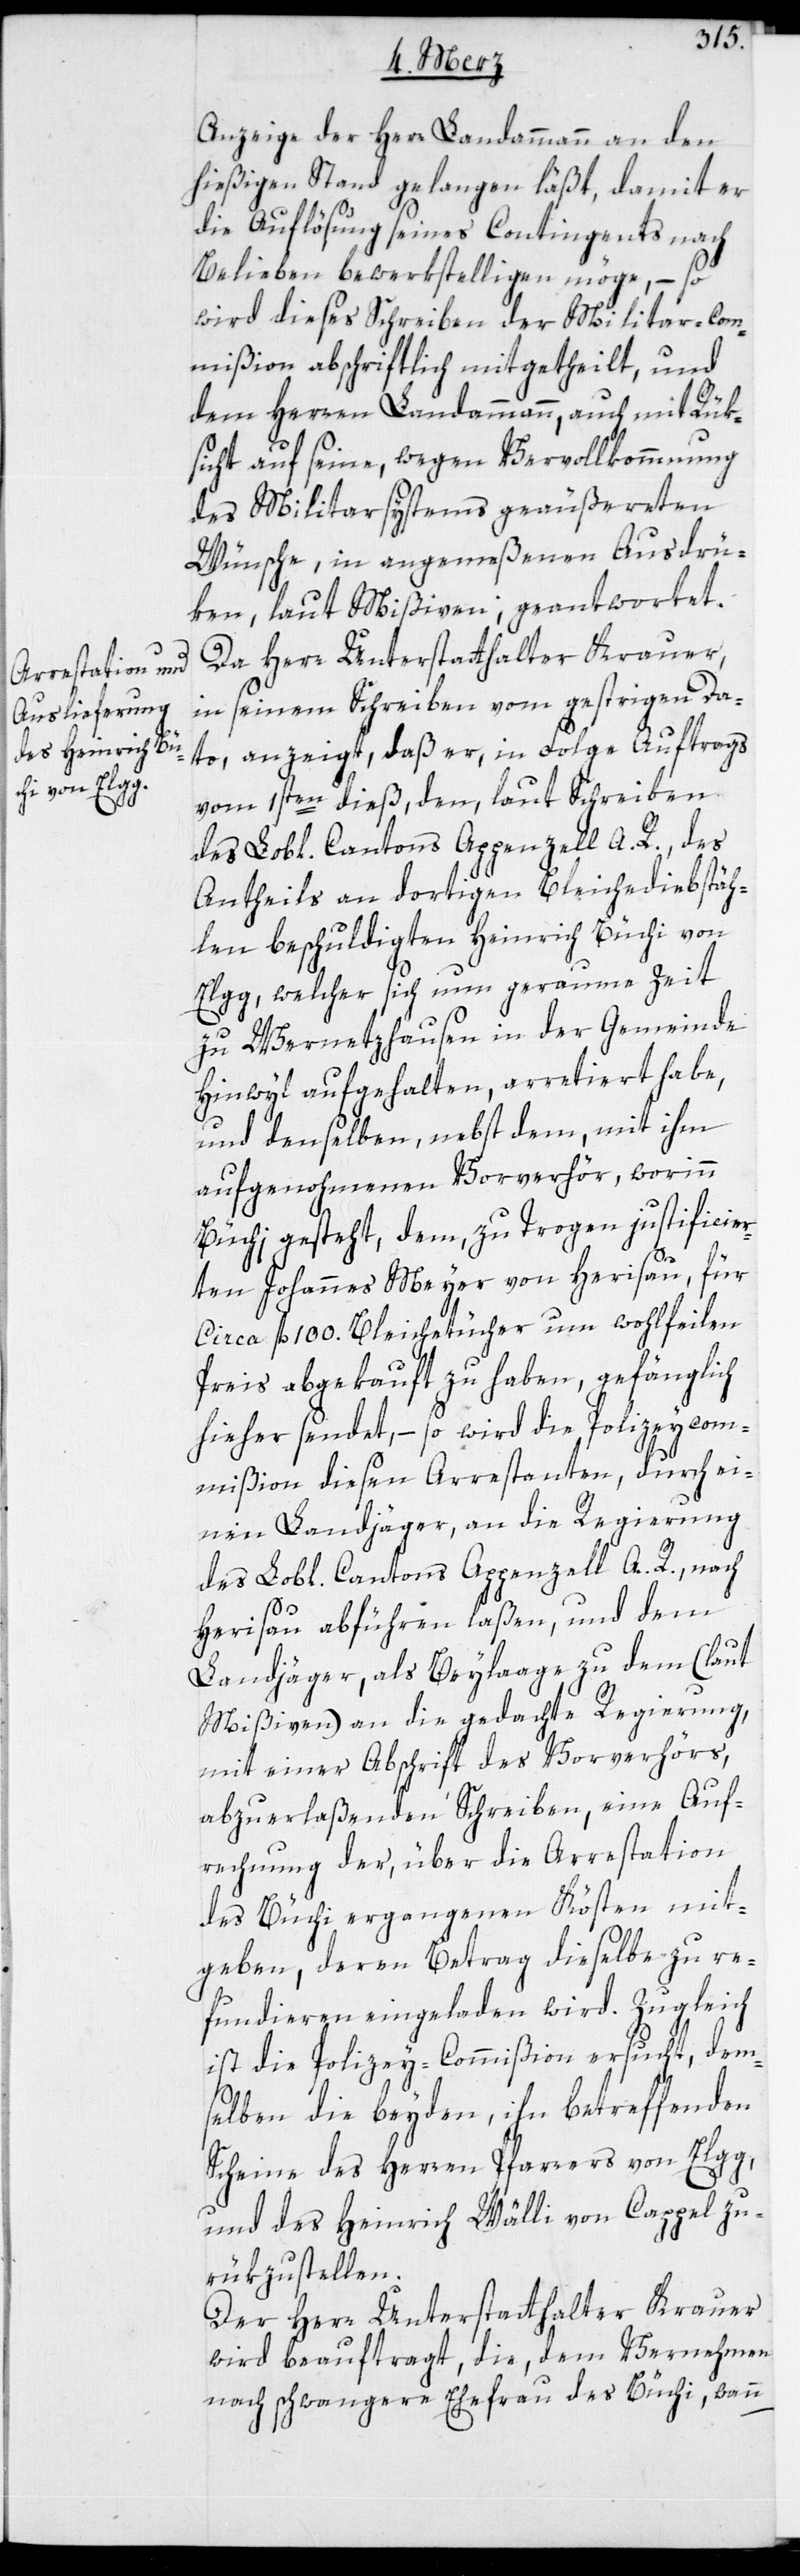
Anzeige der Herr Landammann an den
hießigen Stand gelangen läßt, damit er
die Auflösung seines Contingents nach
Belieben bewerkstelligen möge, – so
wird dieses Schreiben der Militar-Com¬
mißion abschriftlich mitgetheilt, und
dem Herren Landammann, auch mit Rük¬
sicht auf seine, wegen Vervollkommnung
des Militairsystems geäußerten
Wünsche, in angemeßenen Ausdrü¬
ken, laut Mißiven; geantwortet.
Da Herr Unterstatthalter Krauer,
in seinem Schreiben vom gestrigen Da¬
to, anzeigt, daß er, in Folge Auftrags
vom 1sten dieß, den, laut Schreiben
des Lobl. Cantons Appenzell A. R., des
Antheils an dortigen Bleichediebstäh¬
len beschuldigten Heinrich Büchi von
Elgg, welcher sich nun geraume Zeit
zu Wernetzhausen in der Gemeinde
Hinwyl aufgehalten, arretiert habe,
und denselben, nebst dem, mit ihm
aufgenohmenen Vorverhör, worinn
Büchi gesteht, dem, zu Trogen justificier¬
ten Johannes Meyer von Herisau, für
circa fl. 100. Bleichetücher um wohlfeilen
Preis abgekauft zu haben, gefänglich
hieher sendet, – so wird die Polizeycom¬
mißion diesen Arrestanten, durch ei¬
nen Landjäger, an die Regierung
des Lobl. Cantons Appenzell A. R., nach
Herisau abführen laßen, und dem
Landjäger, als Beylaage zu dem (laut
Mißiven) an die gedachte Regierung,
mit einer Abschrift des Vorverhörs,
abzuerlaßenden Schreiben, eine Auf¬
rechnung der, über die Arrestation
des Büchi ergangenen Kösten mit¬
geben, deren Betrag dieselbe zu re¬
fundieren eingeladen wird. Zugleich
ist die Polizey-Commißion ersucht, dem¬
selben die beyden, ihn betreffenden
Scheine des Herren Pfarrers von Elgg,
und des Heinrich Wälli von Cappel zu¬
rükzustellen.
Der Herr Unterstatthalter Krauer
wird beauftragt, die, dem Vernehmen
nach schwangere Ehefrau des Büchi, wann